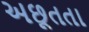
અછૂતતા